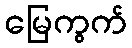
မြေကွက်